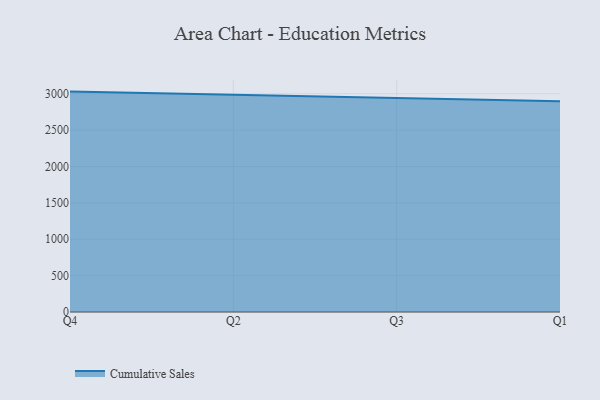
{"axis": {"x": "Quarter", "y": "Production Output"}, "legend": ["Cumulative Sales"], "data": [{"x": "Q4", "y": 3029.0, "type": "Cumulative Sales"}, {"x": "Q2", "y": 2989.7, "type": "Cumulative Sales"}, {"x": "Q3", "y": 2940.4, "type": "Cumulative Sales"}, {"x": "Q1", "y": 2897.2, "type": "Cumulative Sales"}]}